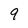
Character: 9